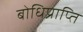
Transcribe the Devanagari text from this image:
बोधिप्राप्ति